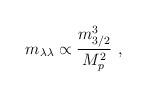
LaTeX: \begin{align*}m_{\lambda\lambda}\propto{m_{3/2}^3\over M_p^2}\ ,\end{align*}